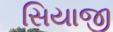
સિયાજી